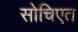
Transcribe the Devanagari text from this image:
सोचिएत